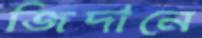
জিদানে